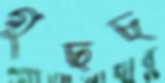
গুছচ্